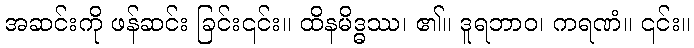
အဆင်းကို ဖန်ဆင်း ခြင်း၎င်း။ ထိနမိဒ္ဓဿ၊ ၏။ ဒူရဘာဝ၊ ကရဏံ။ ၎င်း။